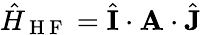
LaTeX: \hat{H}_{\mathrm{~H~F~}}=\hat{\mathbf{I}}\cdot\mathbf{A}\cdot\hat{\mathbf{J}}